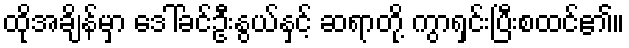
ထိုအချိန်မှာ ဒေါ်ခင်ဦးနွယ်နှင့် ဆရာတို့ ကွာရှင်းပြီးစထင်၏။